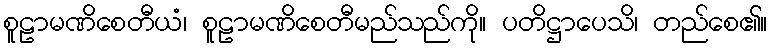
စူဠာမဏိစေတီယံ၊ စူဠာမဏိစေတီမည်သည်ကို။ ပတိဋ္ဌာပေသိ၊ တည်စေ၏။